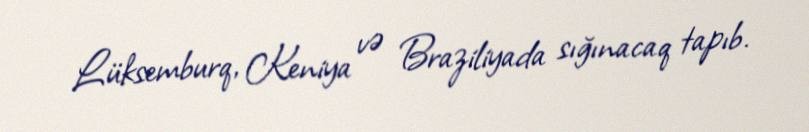
Lüksemburq, Keniya və Braziliyada sığınacaq tapıb.